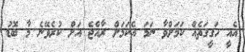
އެއީ ހަގީގަތެއް ކަމަށްވާ ނަމަ އެކަމަށް ރާއްޖެ އަށް ކުރެވޭނެ މާ ބޮޑު